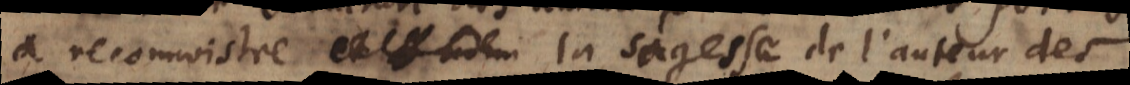
à reconnoistre la sagesse de l’auteur des